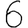
Digit: 6